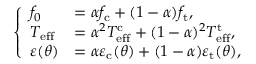
\left\{ \begin{array} { l l } { f _ { 0 } } & { = \alpha f _ { \mathrm { c } } + ( 1 - \alpha ) f _ { \mathrm { t } } , } \\ { T _ { \mathrm { e f f } } } & { = \alpha ^ { 2 } T _ { \mathrm { e f f } } ^ { \mathrm { c } } + ( 1 - \alpha ) ^ { 2 } T _ { \mathrm { e f f } } ^ { \mathrm { t } } , } \\ { \varepsilon ( \theta ) } & { = \alpha \varepsilon _ { \mathrm { c } } ( \theta ) + ( 1 - \alpha ) \varepsilon _ { \mathrm { t } } ( \theta ) , } \end{array} \right.